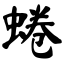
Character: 蜷